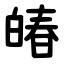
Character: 㿤